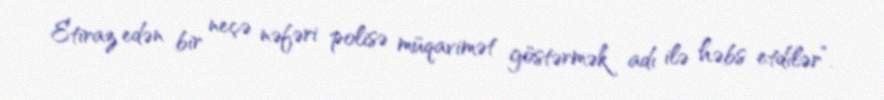
Etiraz edən bir neçə nəfəri polisə müqavimət göstərmək adı ilə həbs etdilər”.